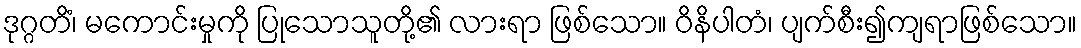
ဒုဂ္ဂတိံ၊ မကောင်းမှုကို ပြုသောသူတို့၏ လားရာ ဖြစ်သော။ ဝိနိပါတံ၊ ပျက်စီး၍ကျရာဖြစ်သော။